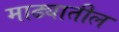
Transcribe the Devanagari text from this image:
माढ्यातील